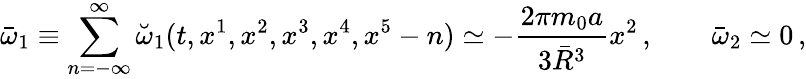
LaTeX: \bar{\omega}_{1}\equiv\sum_{n=-\infty}^{\infty}\breve{\omega}_{1}(t,x^{1},x^{2},x^{3},x^{4},x^{5}-n)\simeq-{\frac{2\pi m_{0}a}{3\bar{R}^{3}}}x^{2}\, ,\qquad\bar{\omega}_{2}\simeq 0\, ,